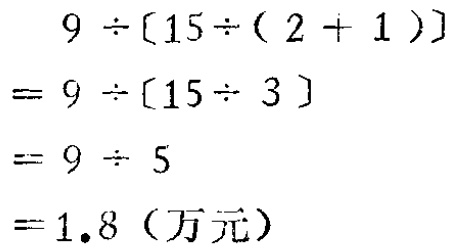
\[
\begin{align*}
&9\div[15\div(2 + 1)]\\
=&9\div[15\div 3]\\
=&9\div 5\\
=&1.8（万元）
\end{align*}
\]